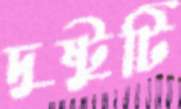
দুষ্টুটি